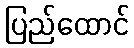
ပြည်ထောင်